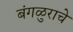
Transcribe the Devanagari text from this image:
बंगळुराचे